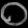
Digit: ၀